Eesti_Vabariigi_Tartu_Ulikool, lk 37
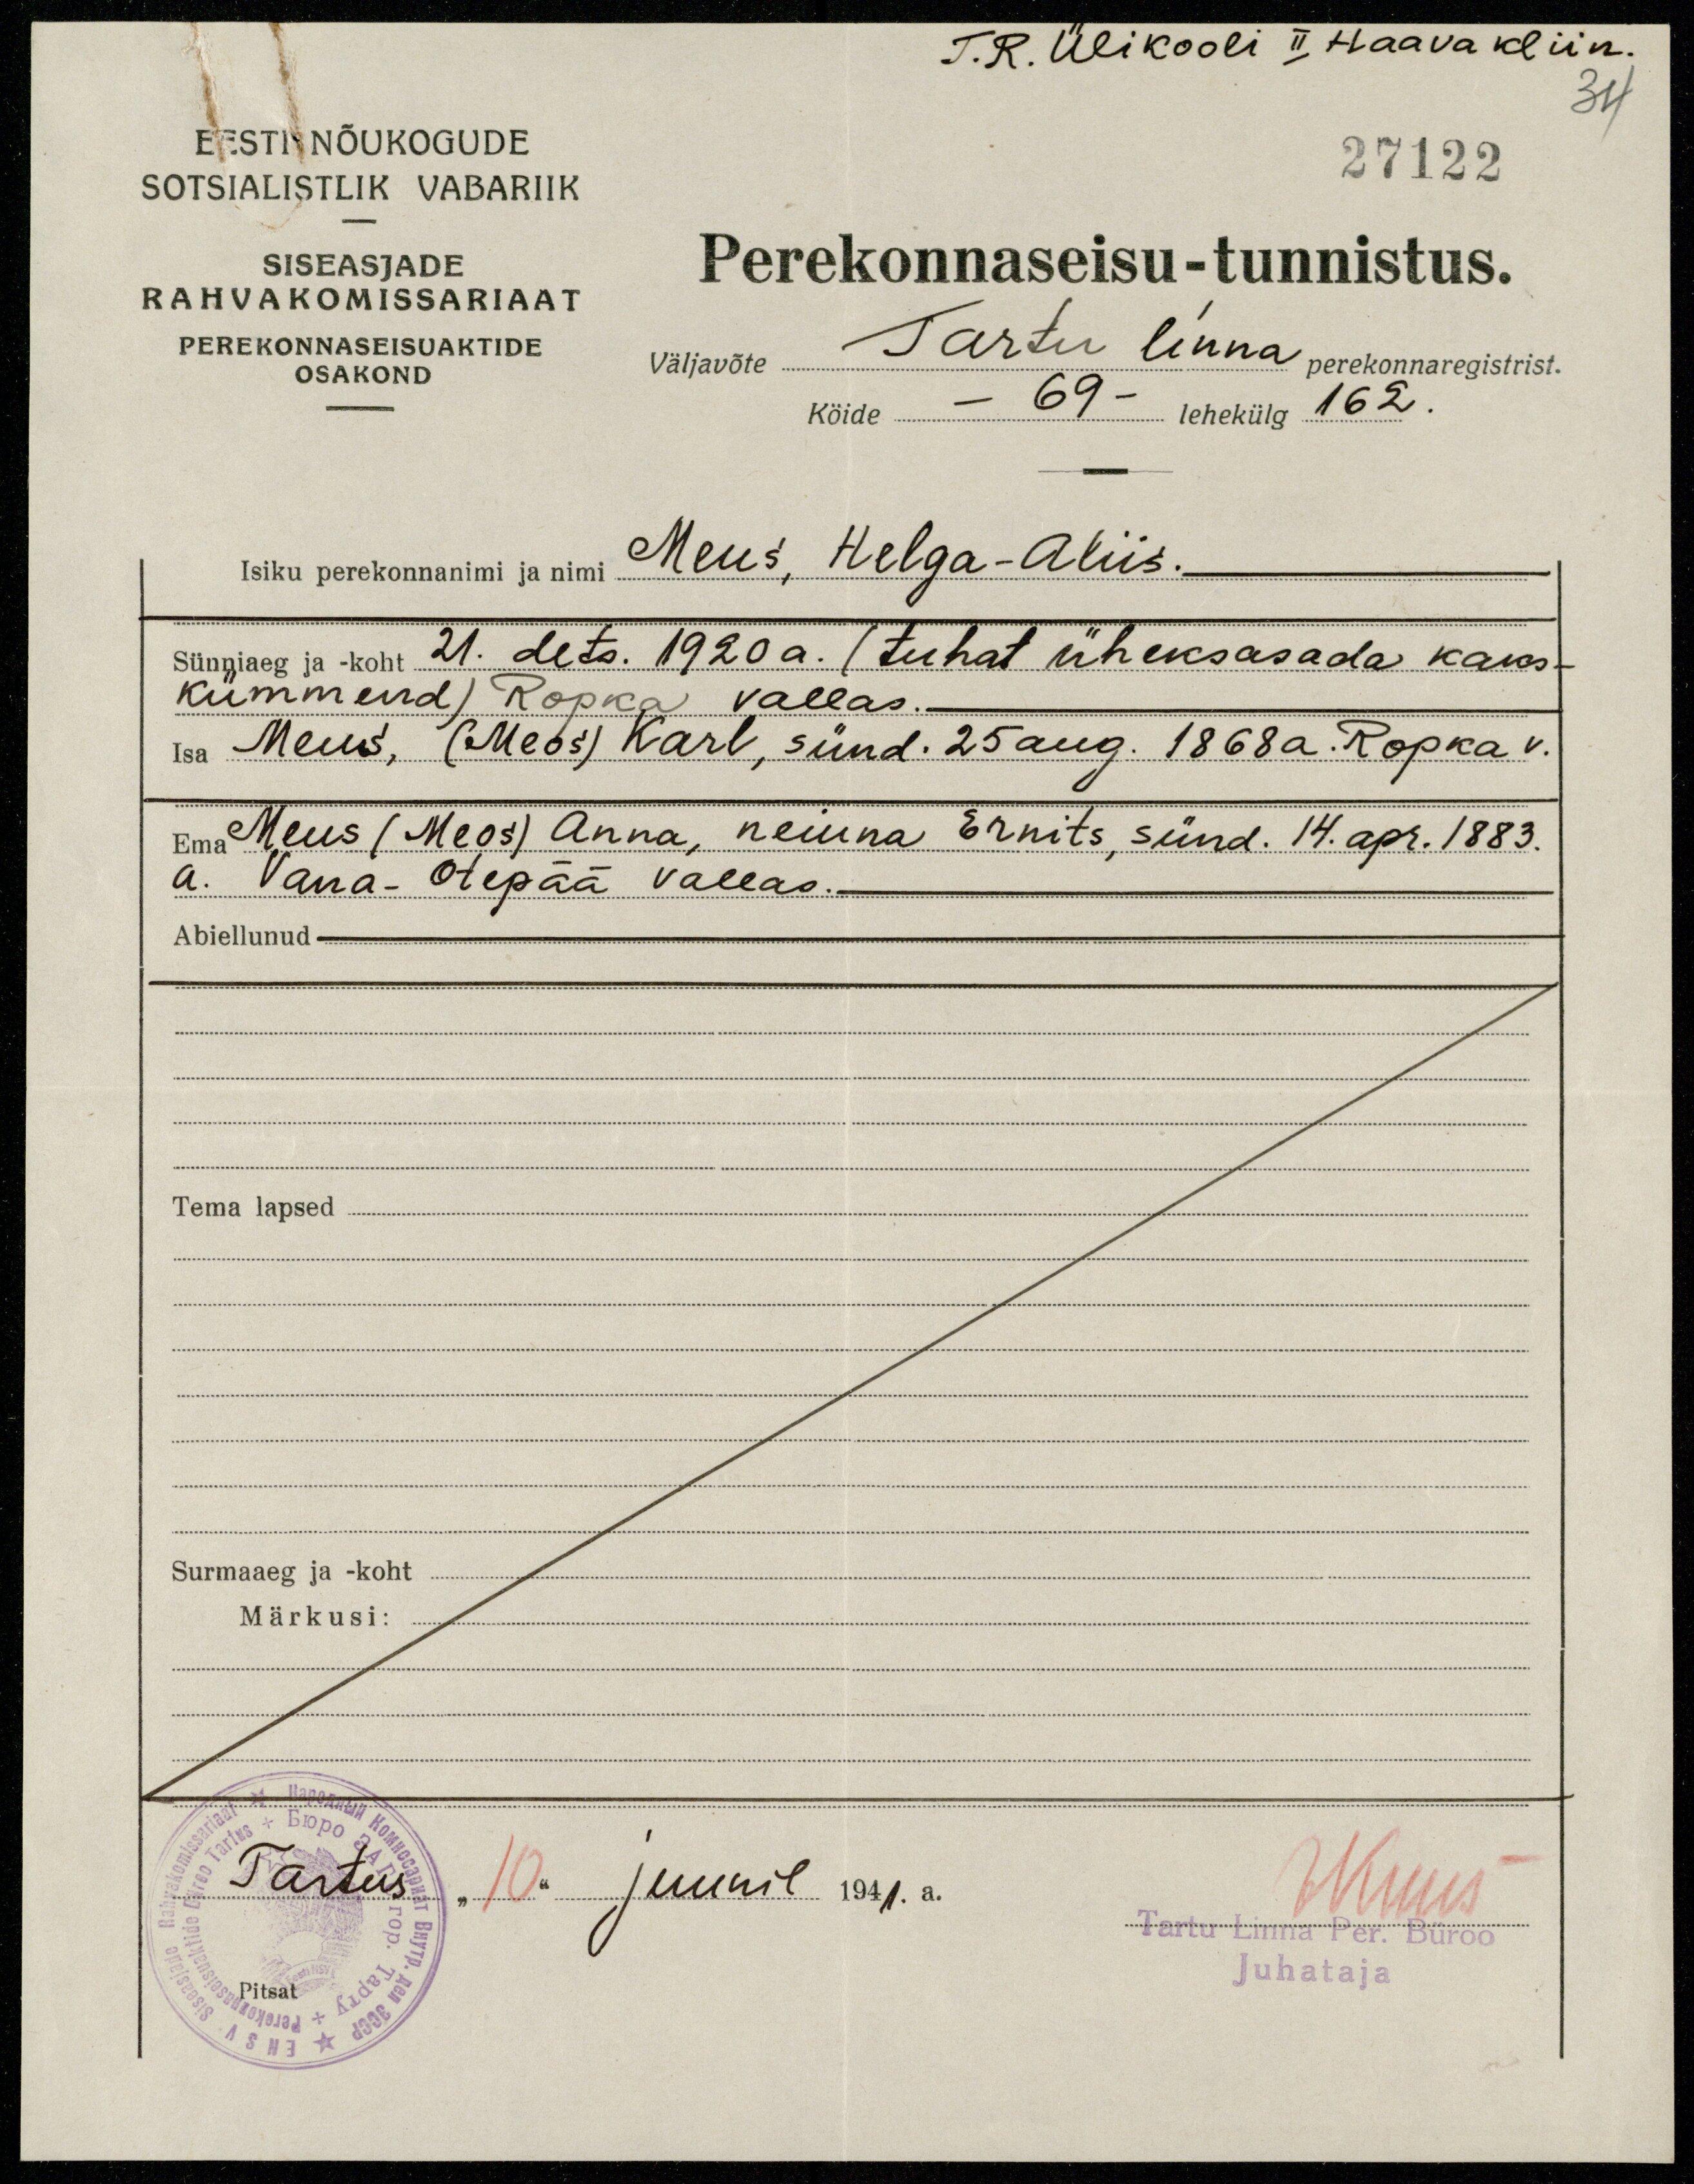
T. R. Ülikooli II Haava kliin.
27122
34
EESTI NÕUKOGUDE
SOTSIALISTLIK VABARIIK
SISEASJADE
RAHVAKOMISSARIAAT
PEREKONNASEISUAKTIDE
OSAKOND
Perekonnaseisu-tunnistus.
väljavõte Tartu linna perekonnaregistrist.
Köide - 69 - lehekülg 162.
isiku perekonnanimi ja nimi Meus, Helga - Aliis.
Sünniaeg ja-koht 21. dets. 1920 a. (tuhat üheksasada kaks-
kümmend) Ropka vallas.
Isa Meus, (Meos) Karl, sünd. 25 aug. 1868a. Ropka v.
Ema Meus (Meos) Anna, neiuna Ernits, sünd. 14. apr. 1883.
a. Vana-Otepää vallas.
Abiellunud
Tema lapsed
Surmaaeg ja - koht
Märkusi:
Tartus "10" juunil 1941.a.
Kuus
Tartu Linna Per. Büroo
Pitsat
Juhataja